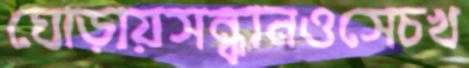
ঘোড়ায়সন্ধানওসেচখ